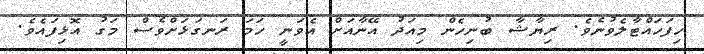
ހިފަހައްޓާލެވުނެވެ. ރިޔާޝާ ބުނިހެން މިއަދު އޭނާއަށް އެވަނީ ހަމަ ރަނގަޅަށްވެސް މަގު އޮޅިފައެވެ.